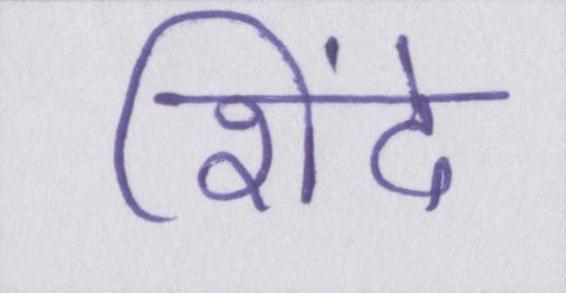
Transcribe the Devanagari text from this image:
शिंदे